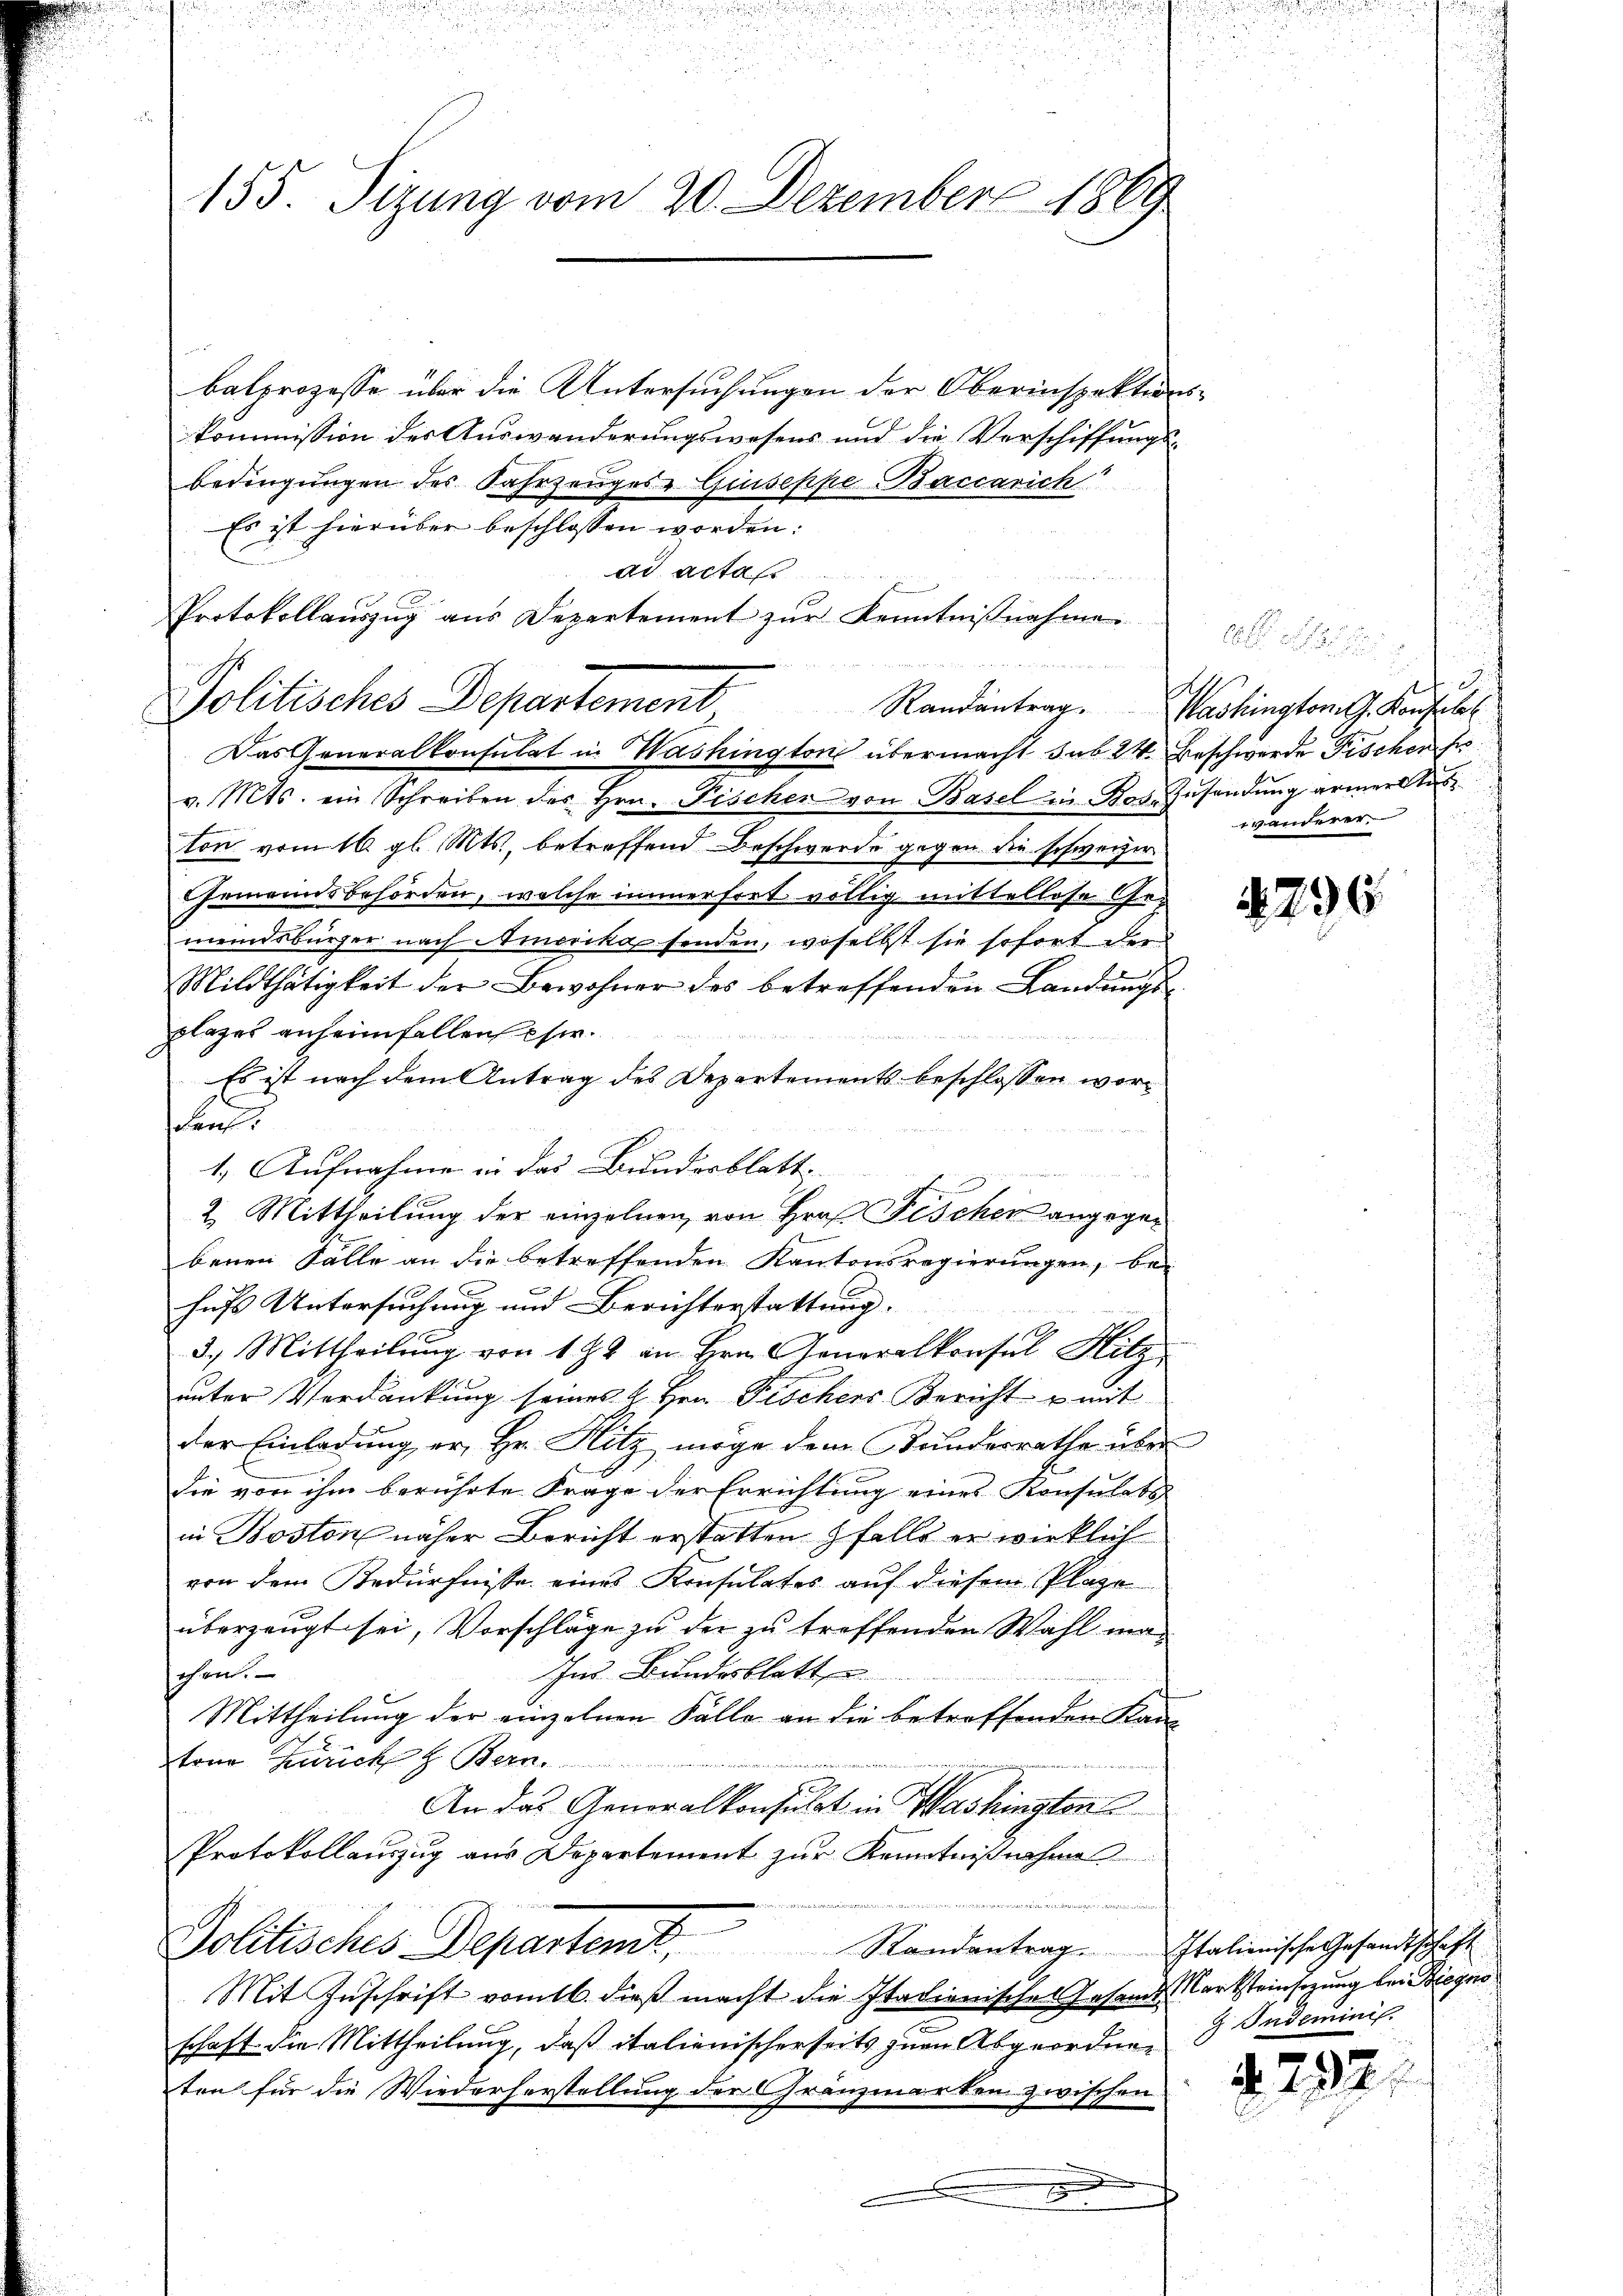
155. Sizung vom 20. Dezember 1869

balprozesse über die Untersuchungen der Oberinspektionskommission des Auswanderungswesens und die Verschiffungsbedingungen des Fahrzeuges Guseppe Baccarich
Es ist hierüber beschlossen worden:
Politisches Departement
v. Mts. ein Schreiben des Hrn. Fischen von Basel in Bos. Zusendung armerktes
ton vom 16. gl. Mts., betreffend Beschwerde gegen die schweizer
Gemeindsbehörden, welche immerfret völlig mittellose Ge-
meindsbürger nach Amerika senden, woselbst sie sofort der
Mildthätigkeit der Bewohner des betreffenden Landŭngs-
plazes anheimfallen eher¬
Es ist nach dem Antrag des Departements beschlossen wor¬
Lent.
1. Aufnahme in das Bundesblatt
2. Mittheilung der einzelnen von Hrn. Fischer angegebenen Fälle an die betreffenden Kantonsregierungen, be-
hufs Untersuchung und Berichterstattung. |
3.) Mittheilŭng von 18 an Hrn. Generalkonsul Hitz
unter Verdankung seines 2 Hrn. Fischers Bericht u mit
der Einladung er, Hr. Hitz möge dem Bundesrathe über
die von ihm berührte Frage der Errichtung eines Konsulats-
in Boston näher Bericht erstatten falls er wirklich
von dem Bedürfnisse eines Konsulates auf diesem Plaze
überzeugt sei, Vorschläge zu der zu treffenden Wahl ma¬
Im Bundesblatt
chen.
Mittheilung der einzelnen Fälle an die betreffenden Kanton Zürich z. Bern.
e
An das Generalkonsulat in Washington
Protokollauszug aus Departement zur Kenntnißnahme
Politisches Departemt, Randentrag. Italienische Gesandtschaft
Mit Zuschrift vom 16. dieß macht die Itadionisches Gesande Marksteinsezung bei Biegno
schaft die Mittheilung, daß italienischerseits zum Abgeordneten für die Wiederherstellung der Gränzmarken zwischen

ad acta
u
Protokollauszug aus Departement zur Kenntnißnahme.

Das Generalkonsulat in Washington übermacht sub 24. Beschwerde Fischen Er

Randantrag. Washington G. Konstell
wänderer

296

Indeminis

d. 292.